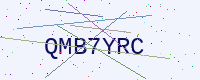
Text: QMB7YRC